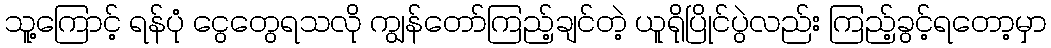
သူ့ကြောင့် ရန်ပုံ ငွေတွေရသလို ကျွန်တော်ကြည့်ချင်တဲ့ ယူရိုပြိုင်ပွဲလည်း ကြည့်ခွင့်ရတော့မှာ